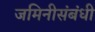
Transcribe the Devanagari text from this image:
जमिनीसंबंधी